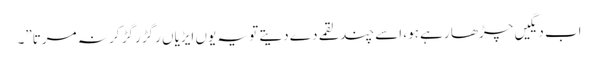
اب دیگیں چڑھا رہے ہو، اسے چند لقمے دے دیتے تو یہ یوں ایڑیاں رگڑ رگڑ کر نہ مرتا”۔